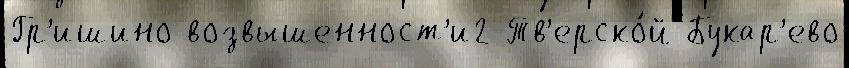
Гр'ишино возвышенност'и2 Тв'ерско́й Букар'ево